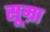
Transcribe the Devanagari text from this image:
सूम्रा